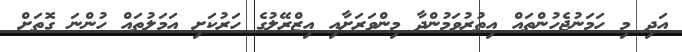
އަދި މި ހަމަނުޖެހުންތައް އިތުރުވަމުންދާ މިންވަރަށާއި އިޒްރޭލުގެ ހަރުކަށި އަމަލުތައް ހުންނަ ގޮތަށް